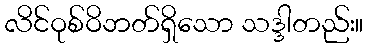
လိင်ဝုစ်ဝိဘတ်ရှိသော သဒ္ဒါတည်း။